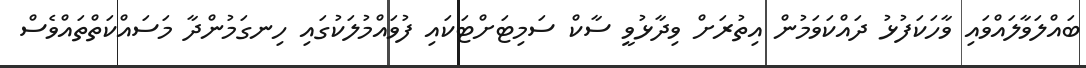
ބައްލަވާލައްވައި ވާހަކަފުޅު ދައްކަވަމުން އިތުރަށް ވިދާޅުވީ ސާކް ސަމިޓަށްޓަކައި ފުވައްމުލަކުގައި ހިނގަމުންދާ މަސައްކަތްތައްވެސް